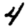
Digit: 4